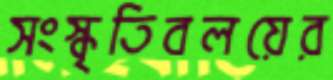
সংস্কৃতিবলয়ের